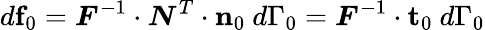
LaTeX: d\mathbf{f}_{0}={\boldsymbol{F}}^{-1}\cdot{\boldsymbol{N}}^{T}\cdot\mathbf{n}_{0}~d\Gamma_{0}={\boldsymbol{F}}^{-1}\cdot\mathbf{t}_{0}~d\Gamma_{0}